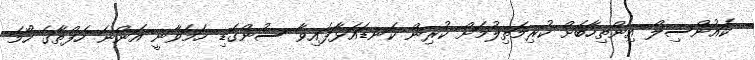
ކައުންސިލް އިންތިހާބަށް ކުރިމަތިލުމަށް ކުރިން ކަނޑައަޅާފައިވާ ސުންގަޑި ހަމަވާނީ އަންނަ ހަފްތާގެ ހޯމަ